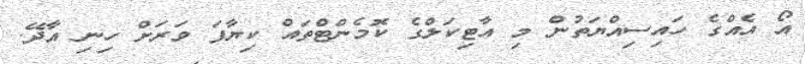
އޯ އެއްގެ ހައިސިއްޔަތުން މި އާޓިކަލްގެ ކޮމެންޓްތައް ކިޔާފަ ވަރަށް ހިނި އާދޭ.